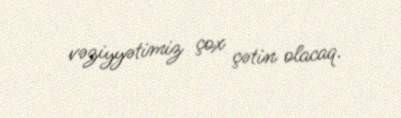
vəziyyətimiz çox çətin olacaq.